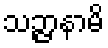
သဉ္ဇာနာမိ